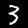
Digit: 3